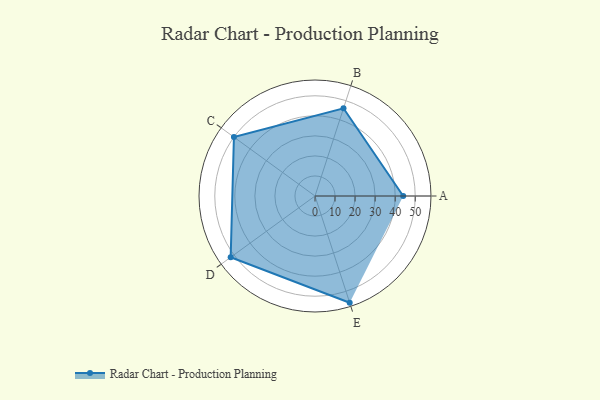
{"axis": {"x": "Skill", "y": "Score"}, "legend": ["Profile"], "data": [{"x": "A", "y": 44.0, "type": "Profile"}, {"x": "B", "y": 46.0, "type": "Profile"}, {"x": "C", "y": 50.0, "type": "Profile"}, {"x": "D", "y": 52.0, "type": "Profile"}, {"x": "E", "y": 56.0, "type": "Profile"}]}